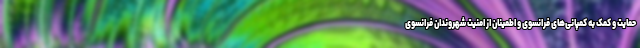
حمایت و کمک به کمپانی‌های فرانسوی و اطمینان از امنیت شهروندان فرانسوی